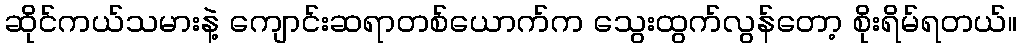
ဆိုင်ကယ်သမားနဲ့ ကျောင်းဆရာတစ်ယောက်က သွေးထွက်လွန်တော့ စိုးရိမ်ရတယ်။